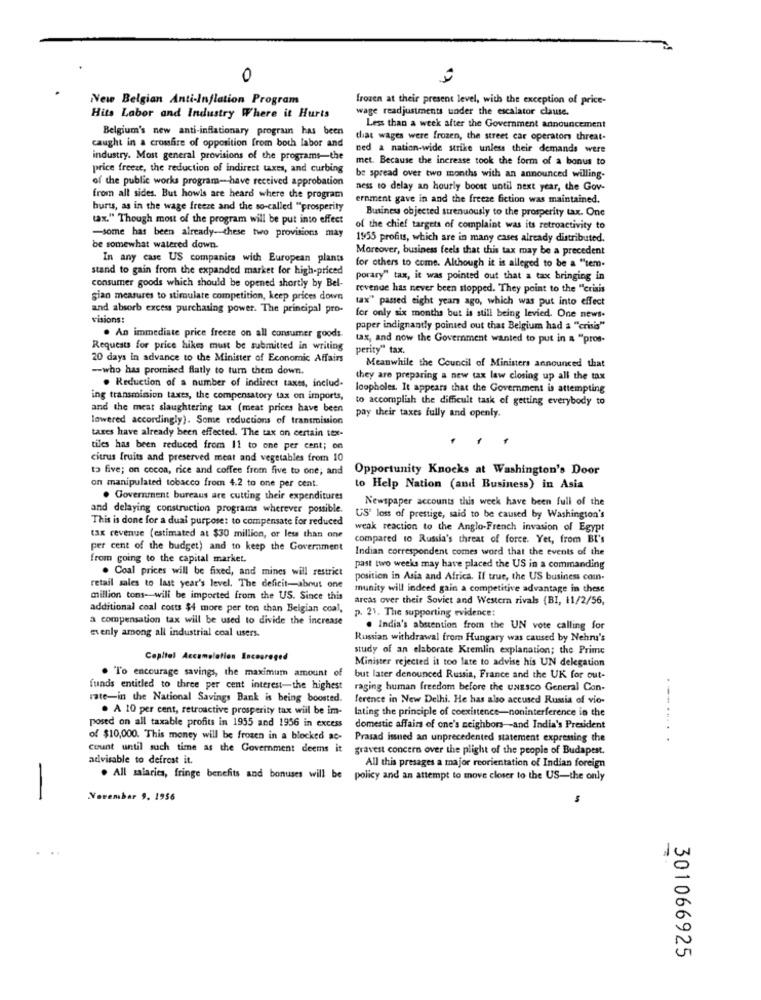
0
New Belgian Anti-Inflation Program
frozen at their present level, with the exception of price-
wage readjustments under the escalator clause.
Hits Labor and Industry Where it Hurts
Belgium's new anti-inflationary prograin has been
Less than a week after the Government announcement
caught in a crossfire of opposition from both labor and
chat wages were frozen, the street car operator threat-
ned a nation-wide strike unless their demands were
industry. Most general provisions of the programs-the
met. Because the increase took the form of a bonus to
price freeze, the reduction of indirect taxes, and curbing
of the public works program-have received approbation
be spread over two months with an announced willing-
ness to delay an hourly boost until next year, the Gov-
from all sides. But howls are heard where the program
ernment gave in and the freeze fiction was maintained.
burts, as in the wage freeze and the so-called "prosperity
Business objected strenuously to the prosperity tax. One
tax." Though most of the program will be put into effect
of the chief targets of complaint was its retroactivity to
-some has been already-these two provisions may
1955 profits, which are in many cases already distributed.
be somewhat watered down.
Moreover, business feels that this tax may be a precedent
In any case US companies with European plants
stand to gain from the expanded market for high-priced
for others to come. Although it is alleged to be a "tem-
porary" tax, it was pointed out that a tax bringing in
consumer goods which should be opened shortly by Bel-
revenue has never been stopped. They point to the "crisis
gian measures to stimulate competition, keep prices down
tax" passed eight years ago, which was put into effect
and absorb excess purchasing power. The principal pro-
visions:
for only six months but is still being levied. One news-
paper indignantly pointed out that Belgium had a ""crisis"
. An immediate price freeze on all consumer goods.
tax, and now the Government wanted to put in a "pros-
Requests for price hikes must be submitted in writing
perity" tax.
20 days in advance to the Minister of Economic Affairs
-- who has promised flatly to turn them down.
Meanwhile the Council of Ministers announced that
they are preparing a new tax law closing up all the tax
. Reduction of a number of indirect taxes, includ-
loopholes. It appears that the Government is attempting
ing transmission taxes, the compensatory tax on imports,
to accomplish the difficult task of getting everybody to
and the meat slaughtering tax (meat prices have been
lowered accordingly). Some reductions of transmission
pay their taxes fully and openly.
taxes have already been effected. The tax on certain tex-
tiles has been reduced from 11 to one per cent; on
citrus fruits and preserved meat and vegetables from 10
to five; on cocoa, rice and coffee from five to one; and
Opportunity Knocks at Washington's Door
on manipulated tobacco from 4.2 to one per cent.
to Help Nation (and Business) in Asia
. Government bureaus are cutting their expenditures
Newspaper accounts this week have been full of the
and delaying construction programs wherever possible.
This is done for a dual purpose: to compensate for reduced
US' loss of prestige, said to be caused by Washington's
weak reaction to the Anglo-French invasion of Egypt
tax revenue (estimated at $30 million, or less than one
compared to Russia's threat of force. Yet, from BI's
per cent of the budget) and to keep the Government
Indian correspondent comes word that the events of the
from going to the capital market.
. Coal prices will be fixed, and mines will restrict
past two weeks may have placed the US in a commanding
position in Asia and Africa. If true, the US business com.
retail sales to last year's level. The deficit-about one
munity will indeed gain a competitive advantage in these
million tons- will be imported from the US. Since this
arcas over their Soviet and Western rivals (BI, 11/2/56,
additional coal costs $4 more per ton than Belgian coal,
a compensation tax will be used to divide the increase
p. 21. The supporting evidence:
. India's abstention from the UN vote calling for
evenly among all industrial coal users.
Russian withdrawal from Hungary was caused by Nehru's
study of an elaborate Kremlin explanation; the Prime
Capital Accumulation Encouraged
Minister rejected it too late to advise his UN delegation
. To encourage savings, the maximum amount of
but later denounced Russia, France and the UK for out-
funds entitled to three per cent interest-the highest
raging human freedom before the uwssco General Con-
rate-in the National Savings Bank is being boosted.
ference in New Delhi. He has also accused Russia of vio-
. A 10 per cent, retroactive prosperity tax will be im-
lating the principle of coexistence-noninterference in the
---...
posed on all taxable profits in 1955 and 1956 in excess
domestic affairs of one's neighbors -- and India's President
of $10,000. This money will be frozen in a blocked ac-
Prasad issued an unprecedented statement expressing the
count until such time as the Government deems it
gravest concern over the plight of the people of Budapest.
advisable to defrost it.
All this presages a major reorientation of Indian foreign
. All salaries, fringe benefits and bonuses will be policy and an attempt to move closer to the US-the only
-
Varembar 9. 1956
301066925